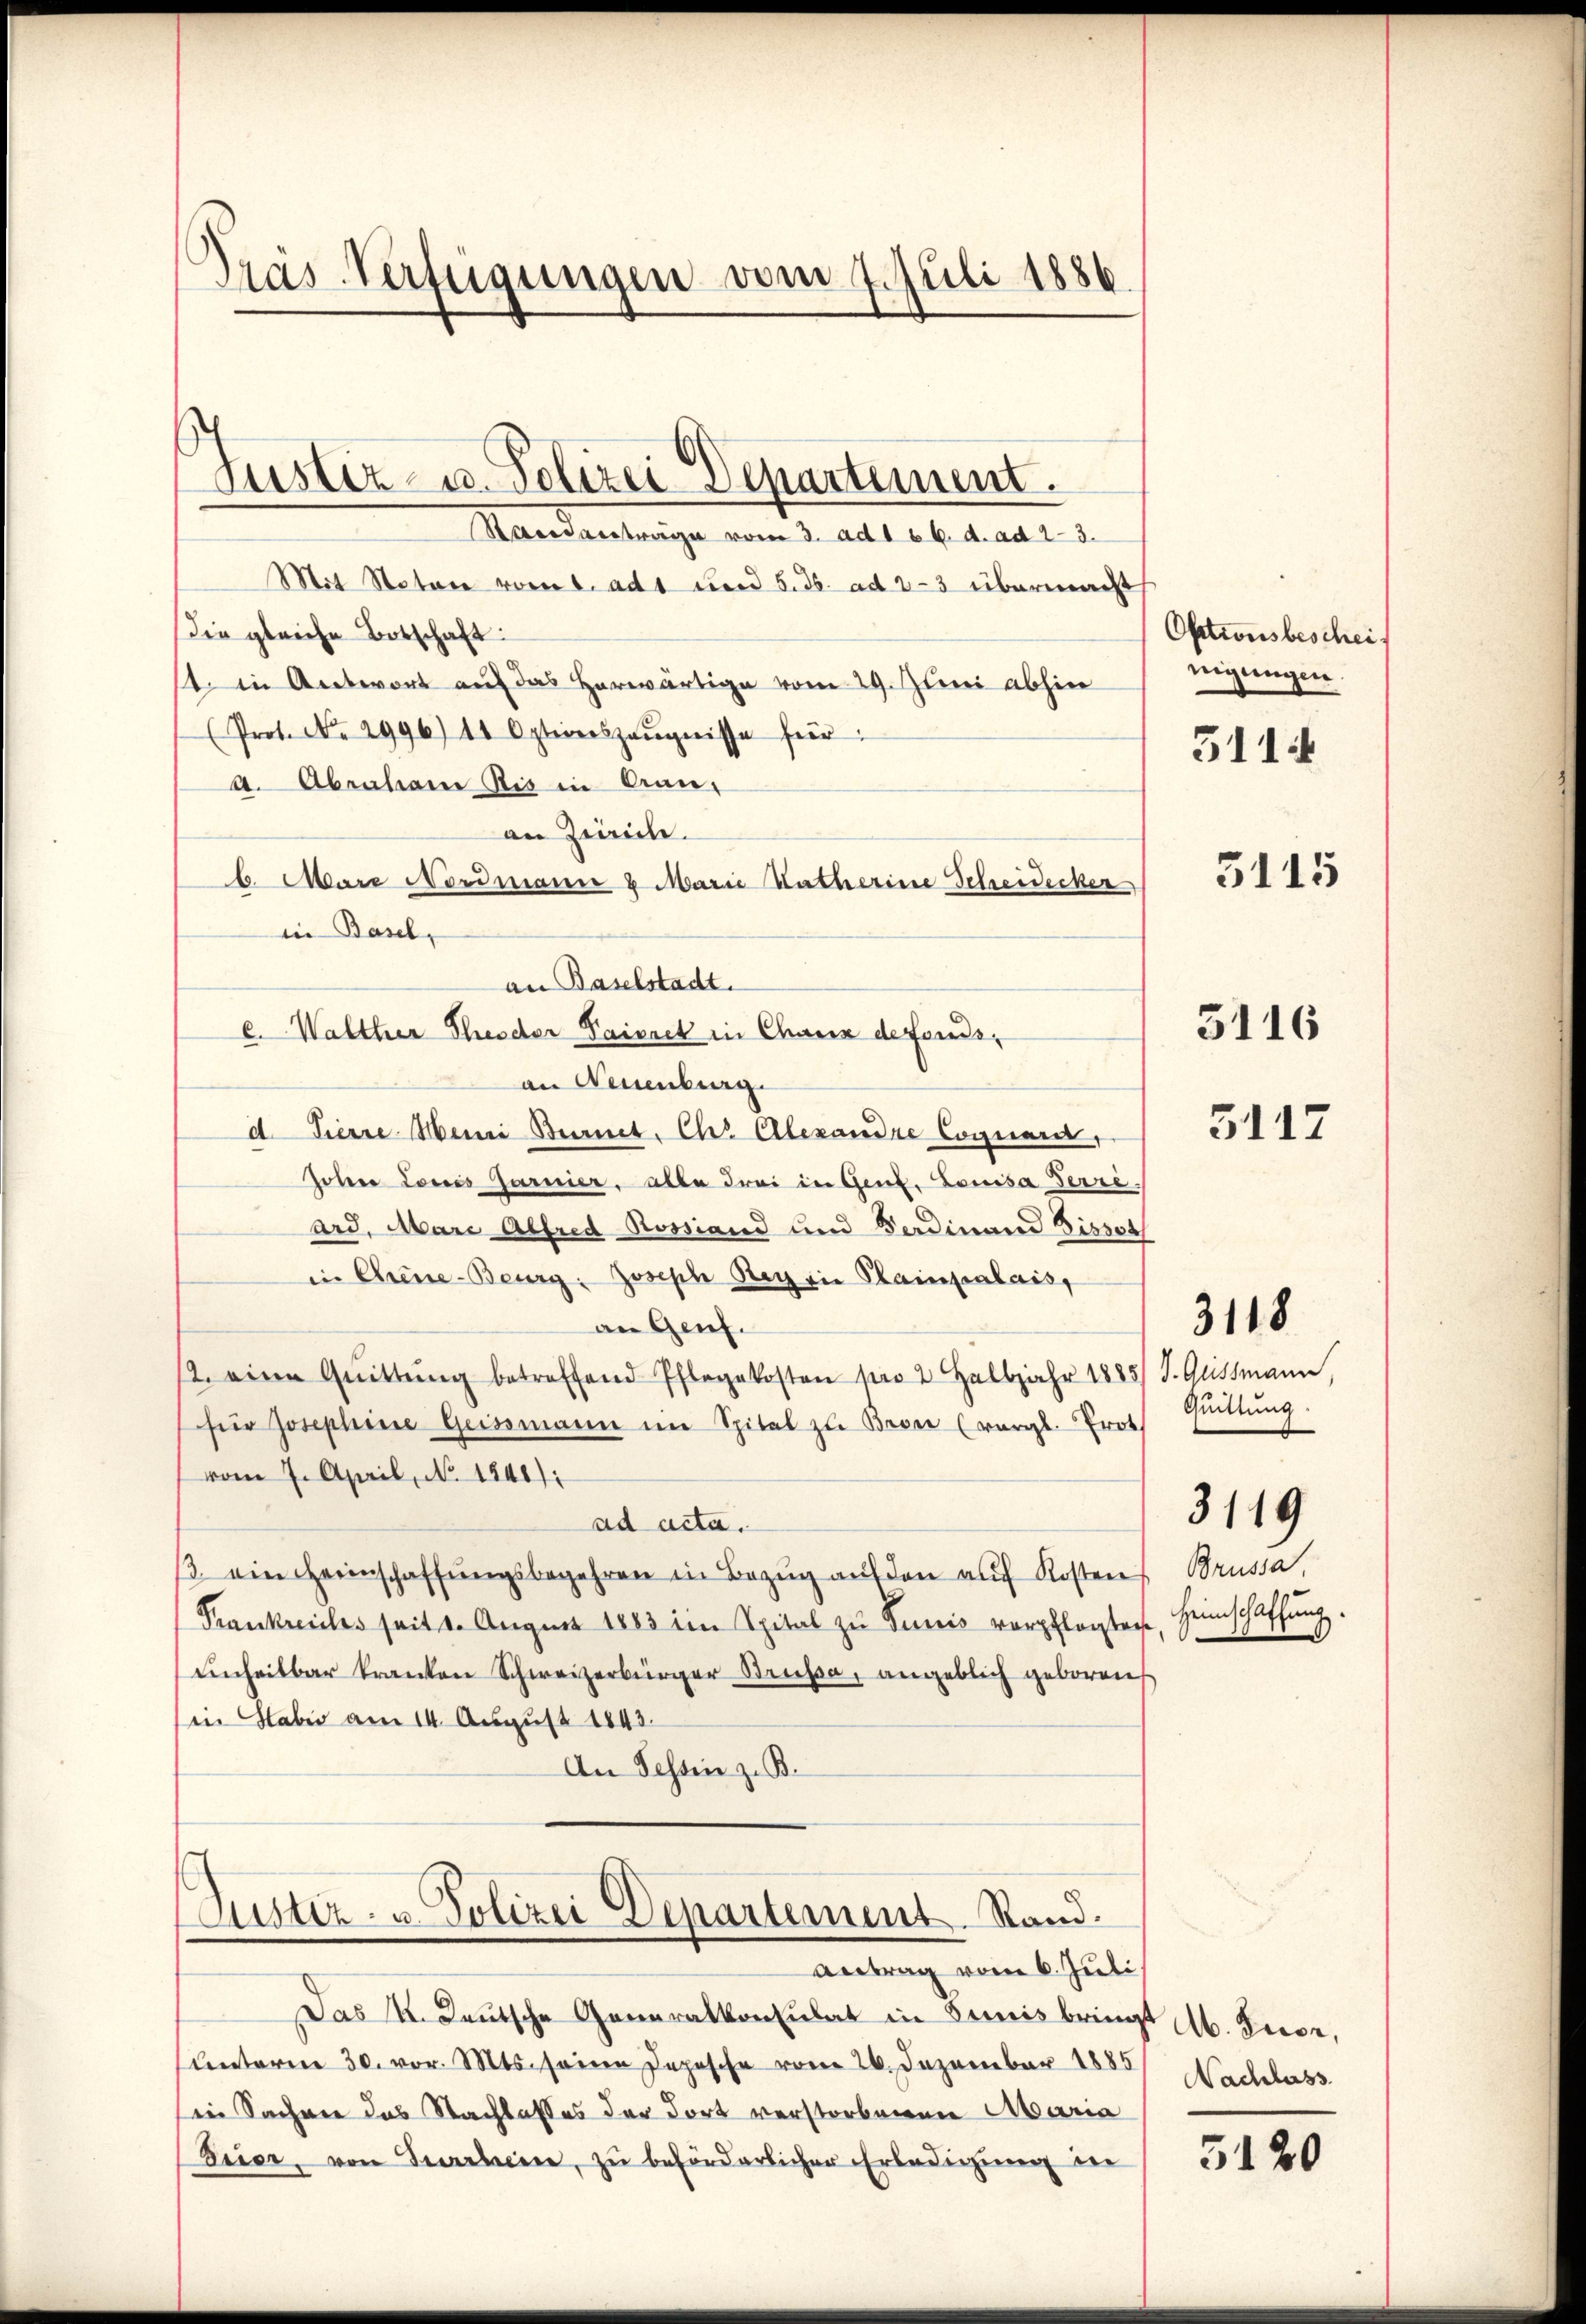
Pras-Verfügungen vom 7. Juli 1886.

Justiz- u. Polizei Departement.
Samantrage vom 3. ad 166. d. ad 23.
Mit Stator vom 1. ad 1 und 5. ds. ad 2-3 übermacht
Die gleiche Botschaft:
st. in Antwort auf das herwärtige vom 29. Juni abhin
(Prot. No. 2996) 11 Optierszeŭgnisse für
a. Abraham Ris in Canan Zürich.
b. Mare Nordmann 2 Marie Katherine Scheidecker
in Basel,
an Baselstadt.
c. Walther Theodor Paisack in Chaux defonds,
an Neuenburg
d Tierre Mein Bennet. Chr. Alexandre Loguard,
Johne Lois Garnier, alle drei in Gent. Louisa Terriard. Marc Alfred Rossiand und Verdinand Dissot
in Chene Beurg: Joseph Sey die Kainpalais,
an Genf.
2. eine Quittŭng betreffend Pflegekosten pro 2 Halbjahr 1885/ J. Gussmann,
für Josephine Geissmann im Spital zu Brone (vergl. Prot.
vom 7. April, No. 1840).
ad acta.
β ein Heimschaffŭngsbegehren in Bezŭg aŭf den auf Kosten
Krankreiches seit 1. August 1883 im Spital zu Tunis verpflegten
einheilbar kranken Schweizerbürger Brüsse, angeblich geboren
in Haber am 14. August 1843.
An Tessin z. B.

Justiz- u. Polizei Departement. Stand.

Das k. Leutsche Generalkonsulat in Seis bringt M. Tuor,
Unterm 30. vor. Mts. seine Depesche vom 26. Dezember 1885
sein Sacher das Nachlasses der dort verstorbenen Maria
Deier, von Surrhein, zu beförderlicher Erledigung in

Antrag vom 6. Juli

Optionsbescheif
nigungen.
5114

3115

3116

5117

Quittung.

3118

Brussa
Heimschaffung.

3119

Nachlass

5120